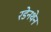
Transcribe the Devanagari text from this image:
रडेनथेन